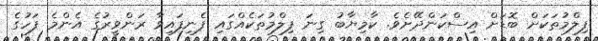
ފިލްމުތަކަށް ބޮޑަށް އިސްކަންދޭށެވެ. ކާމިޔާބު ގިނަ ފިލްމުތަކެއްގައި ފެނިފައިވާ ރަންވީރުގެ އެންމެ ފަހުގެ